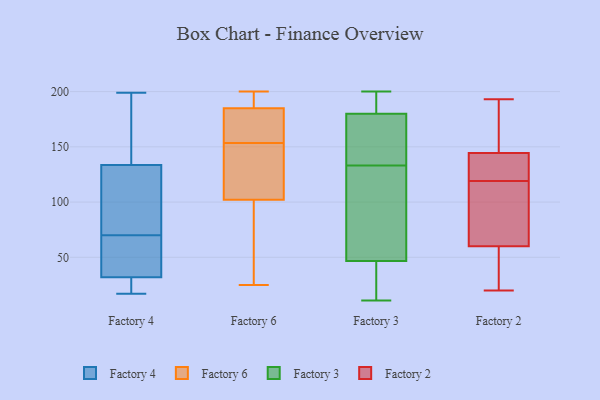
{"axis": {"x": "Humidity (%)", "y": "Value"}, "legend": ["Factory 2", "Factory 3", "Factory 4", "Factory 6"], "data": [{"x": "", "y": 167, "type": "Factory 4"}, {"x": "", "y": 17, "type": "Factory 4"}, {"x": "", "y": 33, "type": "Factory 4"}, {"x": "", "y": 41, "type": "Factory 4"}, {"x": "", "y": 71, "type": "Factory 4"}, {"x": "", "y": 104, "type": "Factory 4"}, {"x": "", "y": 199, "type": "Factory 4"}, {"x": "", "y": 99, "type": "Factory 4"}, {"x": "", "y": 102, "type": "Factory 4"}, {"x": "", "y": 69, "type": "Factory 4"}, {"x": "", "y": 31, "type": "Factory 4"}, {"x": "", "y": 22, "type": "Factory 4"}, {"x": "", "y": 147, "type": "Factory 4"}, {"x": "", "y": 39, "type": "Factory 4"}, {"x": "", "y": 64, "type": "Factory 4"}, {"x": "", "y": 120, "type": "Factory 4"}, {"x": "", "y": 30, "type": "Factory 4"}, {"x": "", "y": 151, "type": "Factory 4"}, {"x": "", "y": 194, "type": "Factory 4"}, {"x": "", "y": 18, "type": "Factory 4"}, {"x": "", "y": 200, "type": "Factory 6"}, {"x": "", "y": 148, "type": "Factory 6"}, {"x": "", "y": 185, "type": "Factory 6"}, {"x": "", "y": 137, "type": "Factory 6"}, {"x": "", "y": 159, "type": "Factory 6"}, {"x": "", "y": 181, "type": "Factory 6"}, {"x": "", "y": 200, "type": "Factory 6"}, {"x": "", "y": 189, "type": "Factory 6"}, {"x": "", "y": 142, "type": "Factory 6"}, {"x": "", "y": 159, "type": "Factory 6"}, {"x": "", "y": 75, "type": "Factory 6"}, {"x": "", "y": 25, "type": "Factory 6"}, {"x": "", "y": 102, "type": "Factory 6"}, {"x": "", "y": 53, "type": "Factory 6"}, {"x": "", "y": 190, "type": "Factory 3"}, {"x": "", "y": 172, "type": "Factory 3"}, {"x": "", "y": 191, "type": "Factory 3"}, {"x": "", "y": 159, "type": "Factory 3"}, {"x": "", "y": 177, "type": "Factory 3"}, {"x": "", "y": 126, "type": "Factory 3"}, {"x": "", "y": 43, "type": "Factory 3"}, {"x": "", "y": 189, "type": "Factory 3"}, {"x": "", "y": 11, "type": "Factory 3"}, {"x": "", "y": 48, "type": "Factory 3"}, {"x": "", "y": 43, "type": "Factory 3"}, {"x": "", "y": 200, "type": "Factory 3"}, {"x": "", "y": 128, "type": "Factory 3"}, {"x": "", "y": 26, "type": "Factory 3"}, {"x": "", "y": 100, "type": "Factory 3"}, {"x": "", "y": 133, "type": "Factory 3"}, {"x": "", "y": 144, "type": "Factory 3"}, {"x": "", "y": 63, "type": "Factory 2"}, {"x": "", "y": 189, "type": "Factory 2"}, {"x": "", "y": 155, "type": "Factory 2"}, {"x": "", "y": 138, "type": "Factory 2"}, {"x": "", "y": 145, "type": "Factory 2"}, {"x": "", "y": 28, "type": "Factory 2"}, {"x": "", "y": 97, "type": "Factory 2"}, {"x": "", "y": 142, "type": "Factory 2"}, {"x": "", "y": 20, "type": "Factory 2"}, {"x": "", "y": 97, "type": "Factory 2"}, {"x": "", "y": 59, "type": "Factory 2"}, {"x": "", "y": 193, "type": "Factory 2"}, {"x": "", "y": 119, "type": "Factory 2"}, {"x": "", "y": 143, "type": "Factory 2"}, {"x": "", "y": 153, "type": "Factory 2"}, {"x": "", "y": 120, "type": "Factory 2"}, {"x": "", "y": 71, "type": "Factory 2"}, {"x": "", "y": 39, "type": "Factory 2"}, {"x": "", "y": 33, "type": "Factory 2"}]}